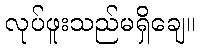
လုပ်ဖူးသည်မရှိချေ။